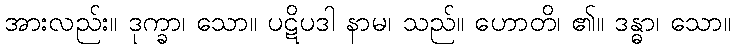
အားလည်း။ ဒုက္ခာ၊ သော။ ပဋိပဒါ နာမ၊ သည်။ ဟောတိ၊ ၏။ ဒန္ဓာ၊ သော။